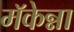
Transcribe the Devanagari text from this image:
मॅकेन्ना